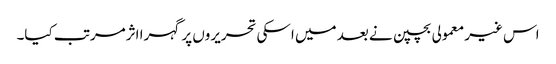
اس غیر معمولی بچپن نے بعد میں اسکی تحریروں پر گہرا اثرمرتب کیا۔